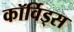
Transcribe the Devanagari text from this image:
कॉर्विड्स